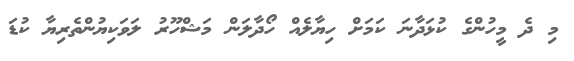
މި ދެ މީހުންގެ ކުޅަދާނަ ކަމަށް ހިޔާލެއް ހޯދާލަން މަޝްހޫރު ލަވަކިޔުންތެރިޔާ ކުޑަ